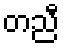
တညီ